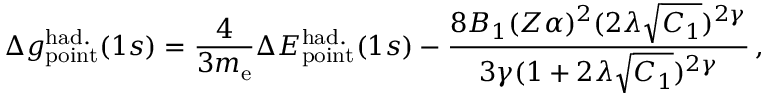
\Delta { g } _ { \mathrm { p o i n t } } ^ { \mathrm { h a d . } } ( 1 s ) = \frac { 4 } { 3 m _ { \mathrm { e } } } \Delta { E } _ { \mathrm { p o i n t } } ^ { \mathrm { h a d . } } ( 1 s ) - \frac { 8 B _ { 1 } ( Z \alpha ) ^ { 2 } ( 2 \lambda \sqrt { C _ { 1 } } ) ^ { 2 \gamma } } { 3 \gamma ( 1 + 2 \lambda \sqrt { C _ { 1 } } ) ^ { 2 \gamma } } \, ,